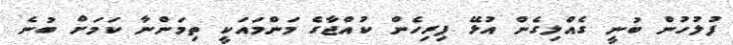
ފުލުހުން ބުނީ ގެއްލިގެން އުޅޭ ފިރިހެން ކުއްޖާގެ މަންމައަކީ ތިމަންނާ ކަމަށް ބުނެ